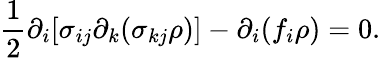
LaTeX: \frac{1}{2}\partial_{i}[\sigma_{ij}\partial_{k}(\sigma_{kj}\rho)]-\partial_{i}(f_{i}\rho)=0.